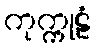
ကုက္ကုဠံ